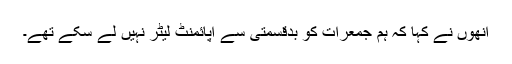
انھوں نے کہا کہ ہم جمعرات کو بدقسمتی سے اپائمنٹ لیٹر نہیں لے سکے تھے۔